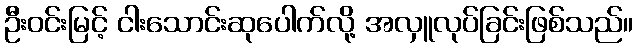
ဦးဝင်းမြင့် ငါးသောင်းဆုပေါက်လို့ အလှူလုပ်ခြင်းဖြစ်သည်။